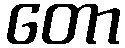
တော